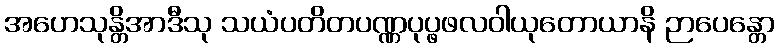
အဟေသုန္တိအာဒီသု သယံပတိတပဏ္ဏပုပ္ဖဖလဝါယုတောယာနိ ဉာပေန္တော